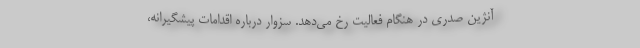
آنژین صدری در هنگام فعالیت رخ می‌دهد. سزوار درباره اقدامات پیشگیرانه،